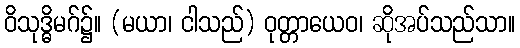
ဝိသုဒ္ဓိမဂ်၌။ (မယာ၊ ငါသည်) ဝုတ္တာယေဝ၊ ဆိုအပ်သည်သာ။